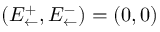
\left( E _ { \leftarrow } ^ { + } , E _ { \leftarrow } ^ { - } \right) = \left( 0 , 0 \right)